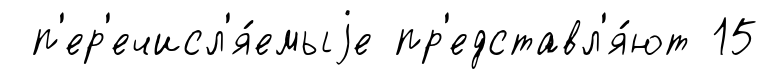
п'ер'ечисл'я́емыjе пр'едставл'я́ют 15